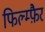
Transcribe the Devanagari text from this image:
फिल्म्फ़ैर